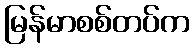
မြန်မာစစ်တပ်က